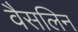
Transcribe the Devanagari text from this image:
वैसलिन